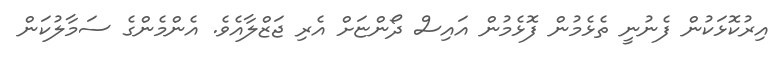
އިރުކޮޅަކުން ފެނުނީ ތެޅެމުން ފޮޅެމުން އައިސް ދޯންޏަށް އެރި ޖަޒްލާއެވެ. އެންމެންގެ ސަމާލުކަން